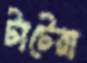
টাটেরা